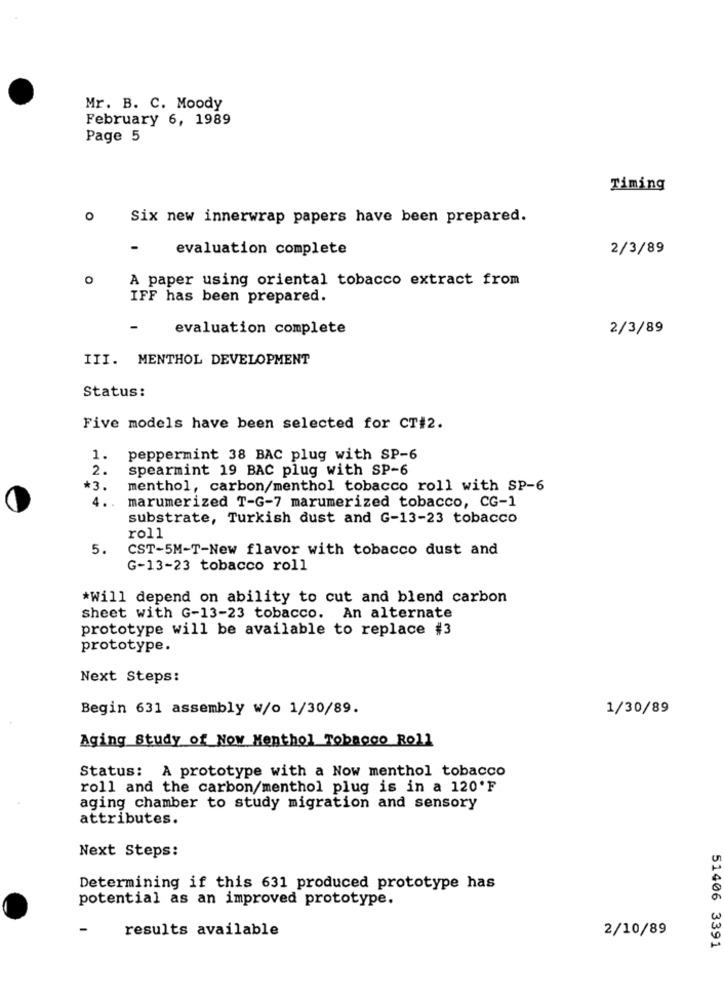
Mr. B. C. Moody
February 6, 1989
Page 5
Timing
O
Six new innerwrap papers have been prepared.
evaluation complete
2/3/89
O
A paper using oriental tobacco extract from
IFF has been prepared.
-
evaluation complete
2/3/89
III. MENTHOL DEVELOPMENT
Status:
Five models have been selected for CT#2.
1.
peppermint 38 BAC plug with SP-6
2.
spearmint 19 BAC plug with SP-6
*3.
menthol, carbon/menthol tobacco roll with SP-6
4.
marumerized T-G-7 marumerized tobacco, CG-1
substrate, Turkish dust and G-13-23 tobacco
roll
5.
CST-5M-T-New flavor with tobacco dust and
G-13-23 tobacco roll
*Will depend on ability to cut and blend carbon
sheet with G-13-23 tobacco. An alternate
prototype will be available to replace #3
prototype.
Next Steps:
Begin 631 assembly w/o 1/30/89.
1/30/89
Aging Study of Now Menthol Tobacco Roll
Status: A prototype with a Now menthol tobacco
roll and the carbon/menthol plug is in a 120'F
aging chamber to study migration and sensory
attributes.
Next Steps:
Determining if this 631 produced prototype has
potential as an improved prototype.
results available
2/10/89
51406 3391